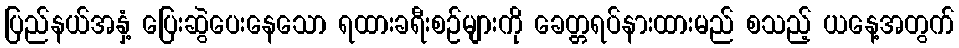
ပြည်နယ်အနှံ့ ပြေးဆွဲပေးနေသော ရထားခရီးစဉ်များကို ခေတ္တရပ်နားထားမည် စသည့် ယနေ့အတွက်